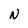
Character: N